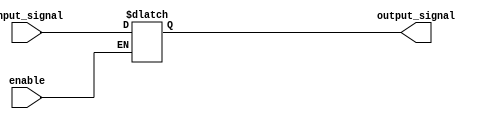
module buffer_with_enable(
    input input_signal,
    input enable,
    output reg output_signal
);

always @ (input_signal, enable)
begin
    if (enable)
        output_signal = input_signal;
end

endmodule